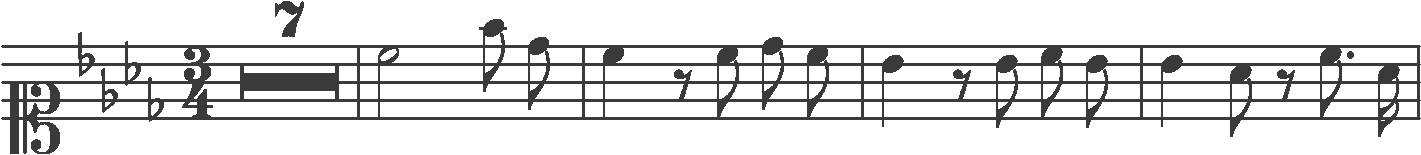
Transcription: clef-C1 keySignature-AbM timeSignature-3/4 multirest-7 barline note-C5_half note-F5_eighth note-Db5_eighth barline note-C5_quarter rest-eighth note-C5_eighth note-Db5_eighth note-C5_eighth barline note-Bb4_quarter rest-eighth note-Bb4_eighth note-C5_eighth note-Bb4_eighth barline note-Bb4_quarter note-Ab4_eighth rest-eighth note-C5_eighth. note-Ab4_sixteenth barline